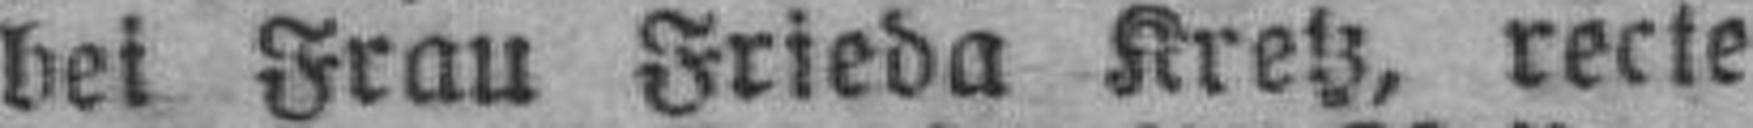
bei Frau Frieda Kretz, recte